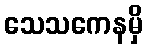
သေသကေနမှိ